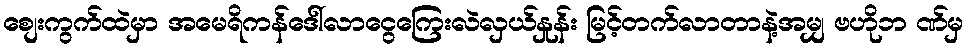
စျေးကွက်ထဲမှာ အမေရိကန်ဒေါ်လာငွေကြေးလဲလှယ်နှုန်း မြင့်တက်လာတာနဲ့အမျှ ဗဟိုဘ ဏ်မှ